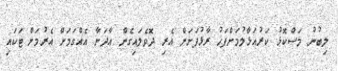
ލިބުނު މަސްކޮޅު ކަރުއަޅާލުމަށްފަހު ރާޅުފަށަށް އެރި ދޮވެލައިގެން އާދަނާ އެއްގަމަށް އެރުމަށް ޓަކައި